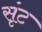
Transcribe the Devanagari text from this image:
सृंट